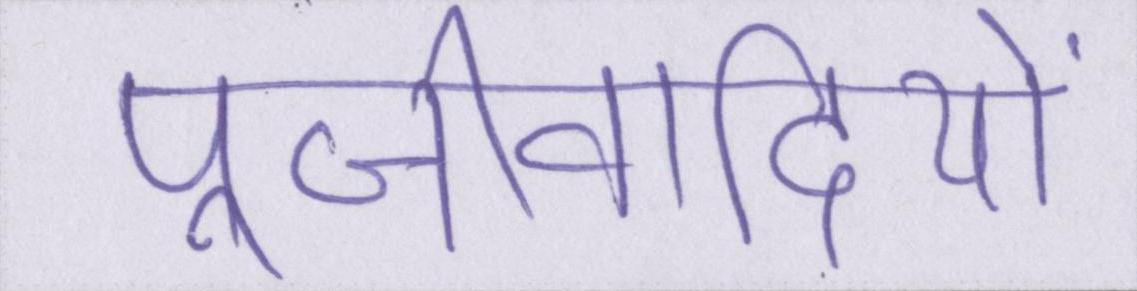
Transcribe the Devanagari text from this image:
पूँजीवादियों